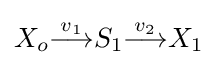
X_{o}{\stackrel {v_{1}}{\longrightarrow }}S_{1}{\stackrel {v_{2}}{\longrightarrow }}X_{1}